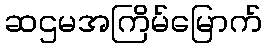
ဆဌမအကြိမ်မြောက်